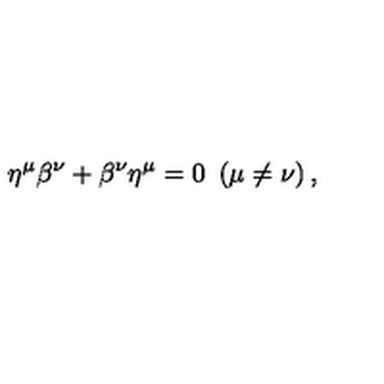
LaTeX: \eta ^ { \mu } \beta ^ { \nu } + \beta ^ { \nu } \eta ^ { \mu } = 0 \ \left( \mu \neq \nu \right) ,